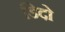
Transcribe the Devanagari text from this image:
डिदो